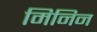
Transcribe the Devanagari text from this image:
मिनिन